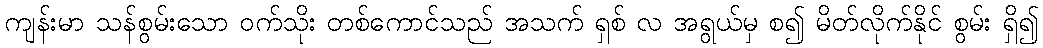
ကျန်းမာ သန်စွမ်းသော ဝက်သိုး တစ်ကောင်သည် အသက် ရှစ် လ အရွယ်မှ စ၍ မိတ်လိုက်နိုင် စွမ်း ရှိ၍